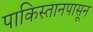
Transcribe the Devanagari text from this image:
पाकिस्तानपासून